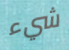
شيء